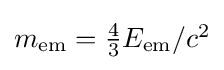
{\textstyle m_{\text{em}}={\frac {4}{3}}E_{\text{em}}/c^{2}}